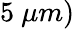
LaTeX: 5~\mu m)